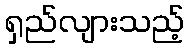
ရှည်လျားသည့်